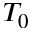
T _ { 0 }